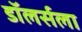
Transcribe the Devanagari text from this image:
डॉलर्सला